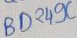
Text: BD249C